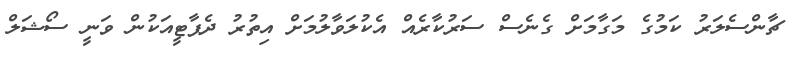
ޗާންސެލަރު ކަމުގެ މަގާމަށް ގެނެސް ސަރުކާރެއް އެކުލަވާލުމަށް އިތުރު ދެޕާޓީއަކުން ވަނީ ސޯޝަލް